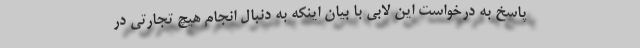
پاسخ به درخواست این لابی با بیان اینکه به دنبال انجام هیچ تجارتی در